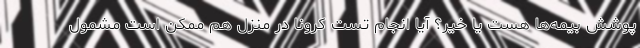
پوشش بیمه‌ها هست یا خیر؟ آیا انجام تست کرونا در منزل هم ممکن است مشمول